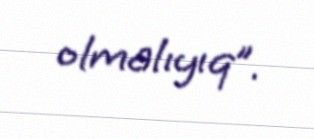
olmalıyıq”.